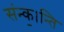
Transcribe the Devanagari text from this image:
संन्क॒।न्ति